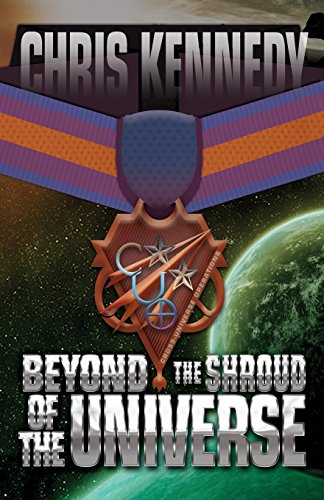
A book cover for Beyond the Shroud of the Universe (Codex Regius) (Volume 2); Chris Kennedy; Science Fiction & Fantasy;